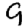
Digit: 9